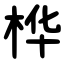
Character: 桦